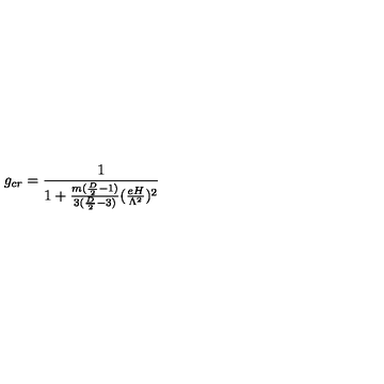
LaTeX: g _ { c r } = \frac { 1 } { 1 + \frac { m ( \frac { D } { 2 } - 1 ) } { 3 ( \frac { D } { 2 } - 3 ) } ( \frac { e H } { \Lambda ^ { 2 } } ) ^ { 2 } }